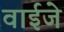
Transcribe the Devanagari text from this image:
वाईजे